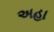
અહા